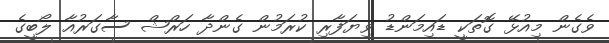
ވެގެން މިއުޅޭ ގޮތަކީ ޑައިމަންޑު ވިޔަފާރި ކުރަމުން ގެންދާ ހަރްޝް ސާގަރުއާ ލޯބީގެ